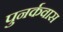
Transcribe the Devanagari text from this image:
पुनर्कवास